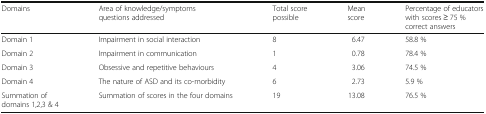
| Domains | Area of knowledge/symptoms questions addressed | Total score possible | Mean score | Percentage of educators with scores ≥ 75 % correct answers |
 | --- | --- | --- | --- | --- |
 | Domain 1 | Impairment in social interaction | 8 | 6.47 | 58.8 % |
 | Domain 2 | Impairment in communication | 1 | 0.78 | 78.4 % |
 | Domain 3 | Obsessive and repetitive behaviours | 4 | 3.06 | 74.5 % |
 | Domain 4 | The nature of ASD and its co-morbidity | 6 | 2.73 | 5.9 % |
 | Summation of domains 1,2,3 & 4 | Summation of scores in the four domains | 19 | 13.08 | 76.5 % |